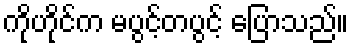
ကိုဟိုင်က မပွင့်တပွင့် ပြောသည်။